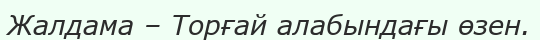
Жалдама – Торғай алабындағы өзен.